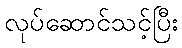
လုပ်ဆောင်သင့်ပြီး